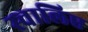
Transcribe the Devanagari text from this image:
स्चालिए